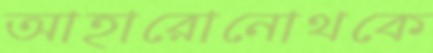
আহারোনোথকে